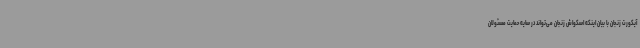
آیکورت زنجان با بیان اینکه اسکواش زنجان می‌تواند در سایه حمایت مسئولان